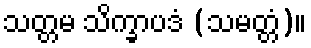
သတ္တမ သိက္ခာပဒံ (သမတ္တံ)။